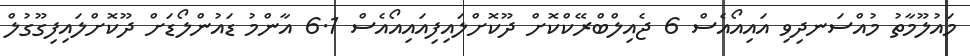
މައުލޫމާތު މުއްސަނދިވި އައިއޯއެސް 6 ޖެއިލްބްރޭކްކޮށް ދޫކޮށްލައިފިއައިއޯއެސް 6.1 އާންމު ޑައުންލޯޑަށް ދޫކޮށްލައިފިގޫގުލް